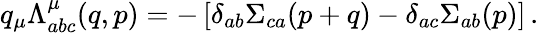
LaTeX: q_{\mu}\Lambda_{abc}^{\mu}(q,p)=-\left[\delta_{ab}\Sigma_{ca}(p+q)-\delta_{ac}\Sigma_{ab}(p)\right]\, .